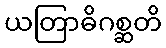
ယတြာဓိဂစ္ဆတိ